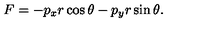
F = - p _ { x } r \cos \theta - p _ { y } r \sin \theta .